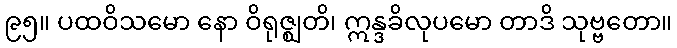
၉၅။ ပထဝိသမော နော ဝိရုဇ္ဈတိ၊ ဣန္ဒခိလုပမော တာဒိ သုဗ္ဗတော။